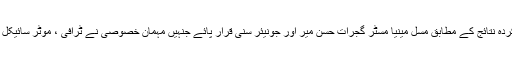
مقابلوں کے ججز کی طرف سے مرتب کردہ نتائج کے مطابق مسل مینیا مسٹر گجرات حسن میر اور جونیئر سنی قرار پائے جنہیں مہمان خصوصی نے ٹرافی ، موٹر سائیکل ، سرٹیفکیٹس اور نقد انعامات سے نوازا ۔